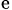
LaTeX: _\mathrm{e}